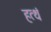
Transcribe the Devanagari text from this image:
हत्थं